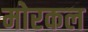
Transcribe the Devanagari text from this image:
मोरकल